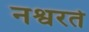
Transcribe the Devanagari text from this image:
नश्वरते